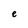
Character: e